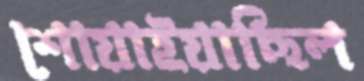
শোয়াইয়াছিল